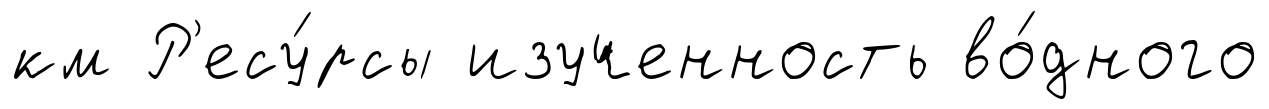
км Р'есу́рсы изученность во́дного